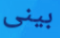
بينى